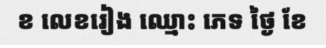
ខ លេខរៀង ឈ្មោះ ភេទ ថ្ងៃ ខែ